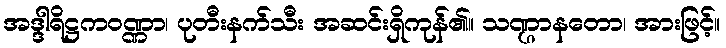
အဒ္ဒါရိဋ္ဌကဝဏ္ဏာ၊ ပုတီးနက်သီး အဆင်းရှိကုန်၏။ သဏ္ဌာနတော၊ အားဖြင့်။